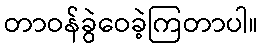
တာဝန်ခွဲဝေခဲ့ကြတာပါ။